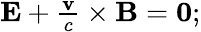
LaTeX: \begin{array}{r}{\mathbf{E}+\frac{\mathbf{v}}{c}\times\mathbf{B}=\mathbf{0};}\end{array}